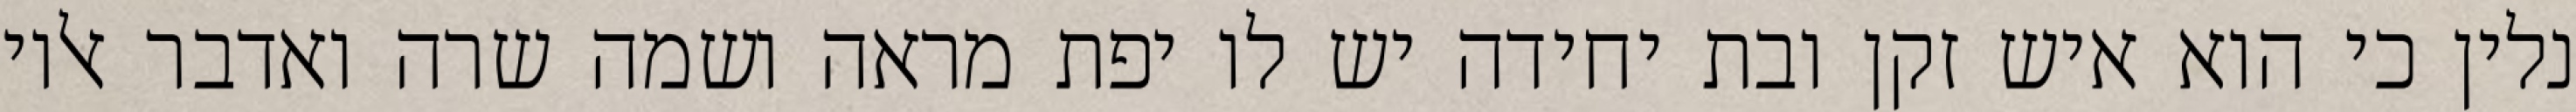
נלין כי הוא איש זקן ובת יחידה יש לו יפת מראה ושמה שרה ואדבר אליו